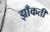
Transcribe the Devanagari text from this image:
झाँकती